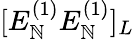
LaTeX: [E_{\mathbb{N}}^{(1)}E_{\mathbb{N}}^{(1)}]_{L}